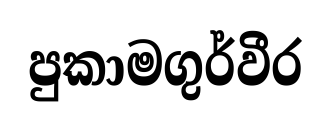
පුකාමගුර්වීර